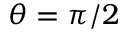
\theta = \pi / 2